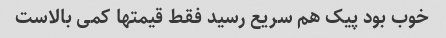
خوب بود پیک هم سریع رسید فقط قیمتها کمی بالاست